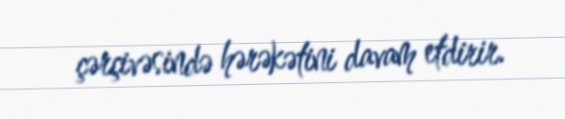
çərçivəsində hərəkətini davam etdirir.